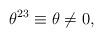
LaTeX: \begin{align*} \theta^{23} \equiv \theta \ne 0,\end{align*}